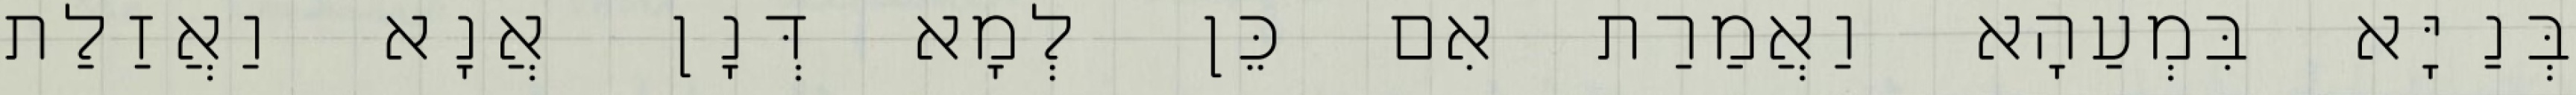
בְּנַיָּא בִּמְעַהָא וַאֲמַרַת אִם כֵּן לְמָא דְּנָן אֲנָא וַאֲזַלַת